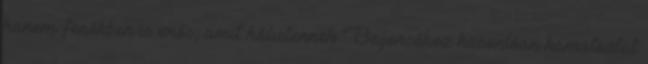
hanem fenékben is erős, amit hálistennek Beyoncéhoz hasonlóan kamatoztat